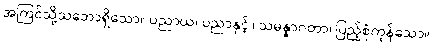
အကြင်သို့သဘောရှိသော။ ပညာယ၊ ပညာနှင့်။ သမန္နာဂတာ၊ ပြည့်စုံကုန်သော။